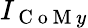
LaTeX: I_{\mathrm{~C~o~M~}y}